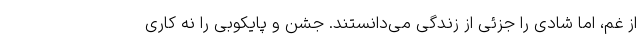
از غم، اما شادی را جزئی از زندگی می‌دانستند. جشن و پایکوبی را نه کاری